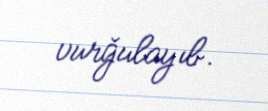
vurğulayıb.